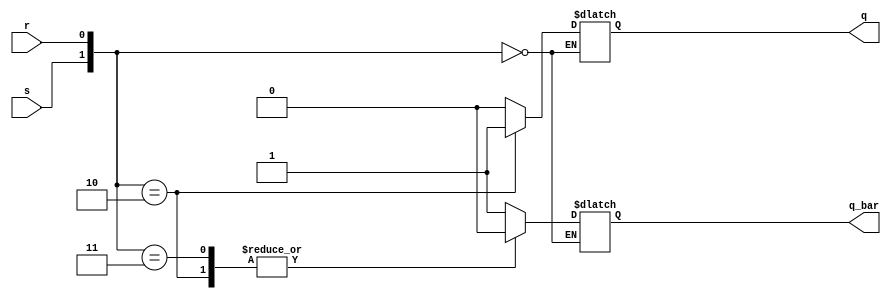
//This is for the SR latch module.

module sr_latch_behavioral_module (s, r, q, q_bar);
	input s, r;

	output q, q_bar;
	reg q, q_bar;
	
	always @ (s or r)
	begin
		case({s, r})
			2'b00: begin q <= q; q_bar <= q_bar; end
			2'b01: begin q <= 1'b0; q_bar <= 1'b1; end
			2'b10: begin q <= 1'b1; q_bar <= 1'b0; end
			2'b11: begin q <= 1'b0; q_bar <= 1'b0; end
		endcase
	end
endmodule